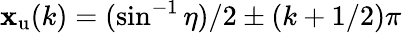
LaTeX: \mathbf{x}_{\mathrm{{u}}}(k)=(\sin^{-1}\eta)/2\pm(k+1/2)\pi